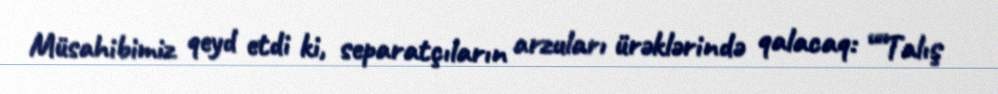
Müsahibimiz qeyd etdi ki, separatçıların arzuları ürəklərində qalacaq: ““Talış